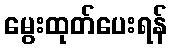
မွေးထုတ်ပေးရန်